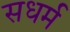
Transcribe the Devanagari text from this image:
सधर्म